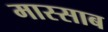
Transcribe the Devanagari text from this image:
मास्साब